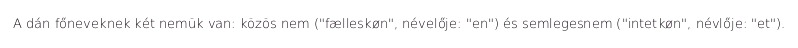
A dán főneveknek két nemük van: közös nem ("fælleskøn", névelője: "en") és semlegesnem ("intetkøn", névlője: "et").